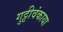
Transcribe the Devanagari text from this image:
गुट्टीवंकाया